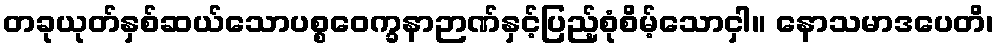
တခုယုတ်နှစ်ဆယ်သောပစ္စဝေက္ခနာဉာဏ်နှင့်ပြည့်စုံစိမ့်သောငှါ။ နောသမာဒပေတိ၊